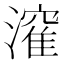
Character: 𭲶